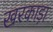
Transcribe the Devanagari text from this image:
खरकाड़ा